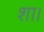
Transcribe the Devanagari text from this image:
शा।